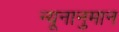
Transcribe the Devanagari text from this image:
न्यूनानुमान